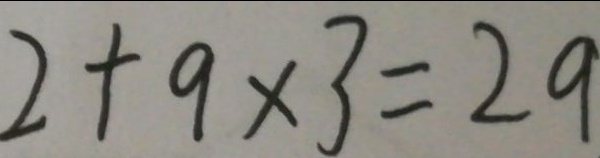
2 + 9 \times 3 = 2 9